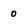
Character: 0